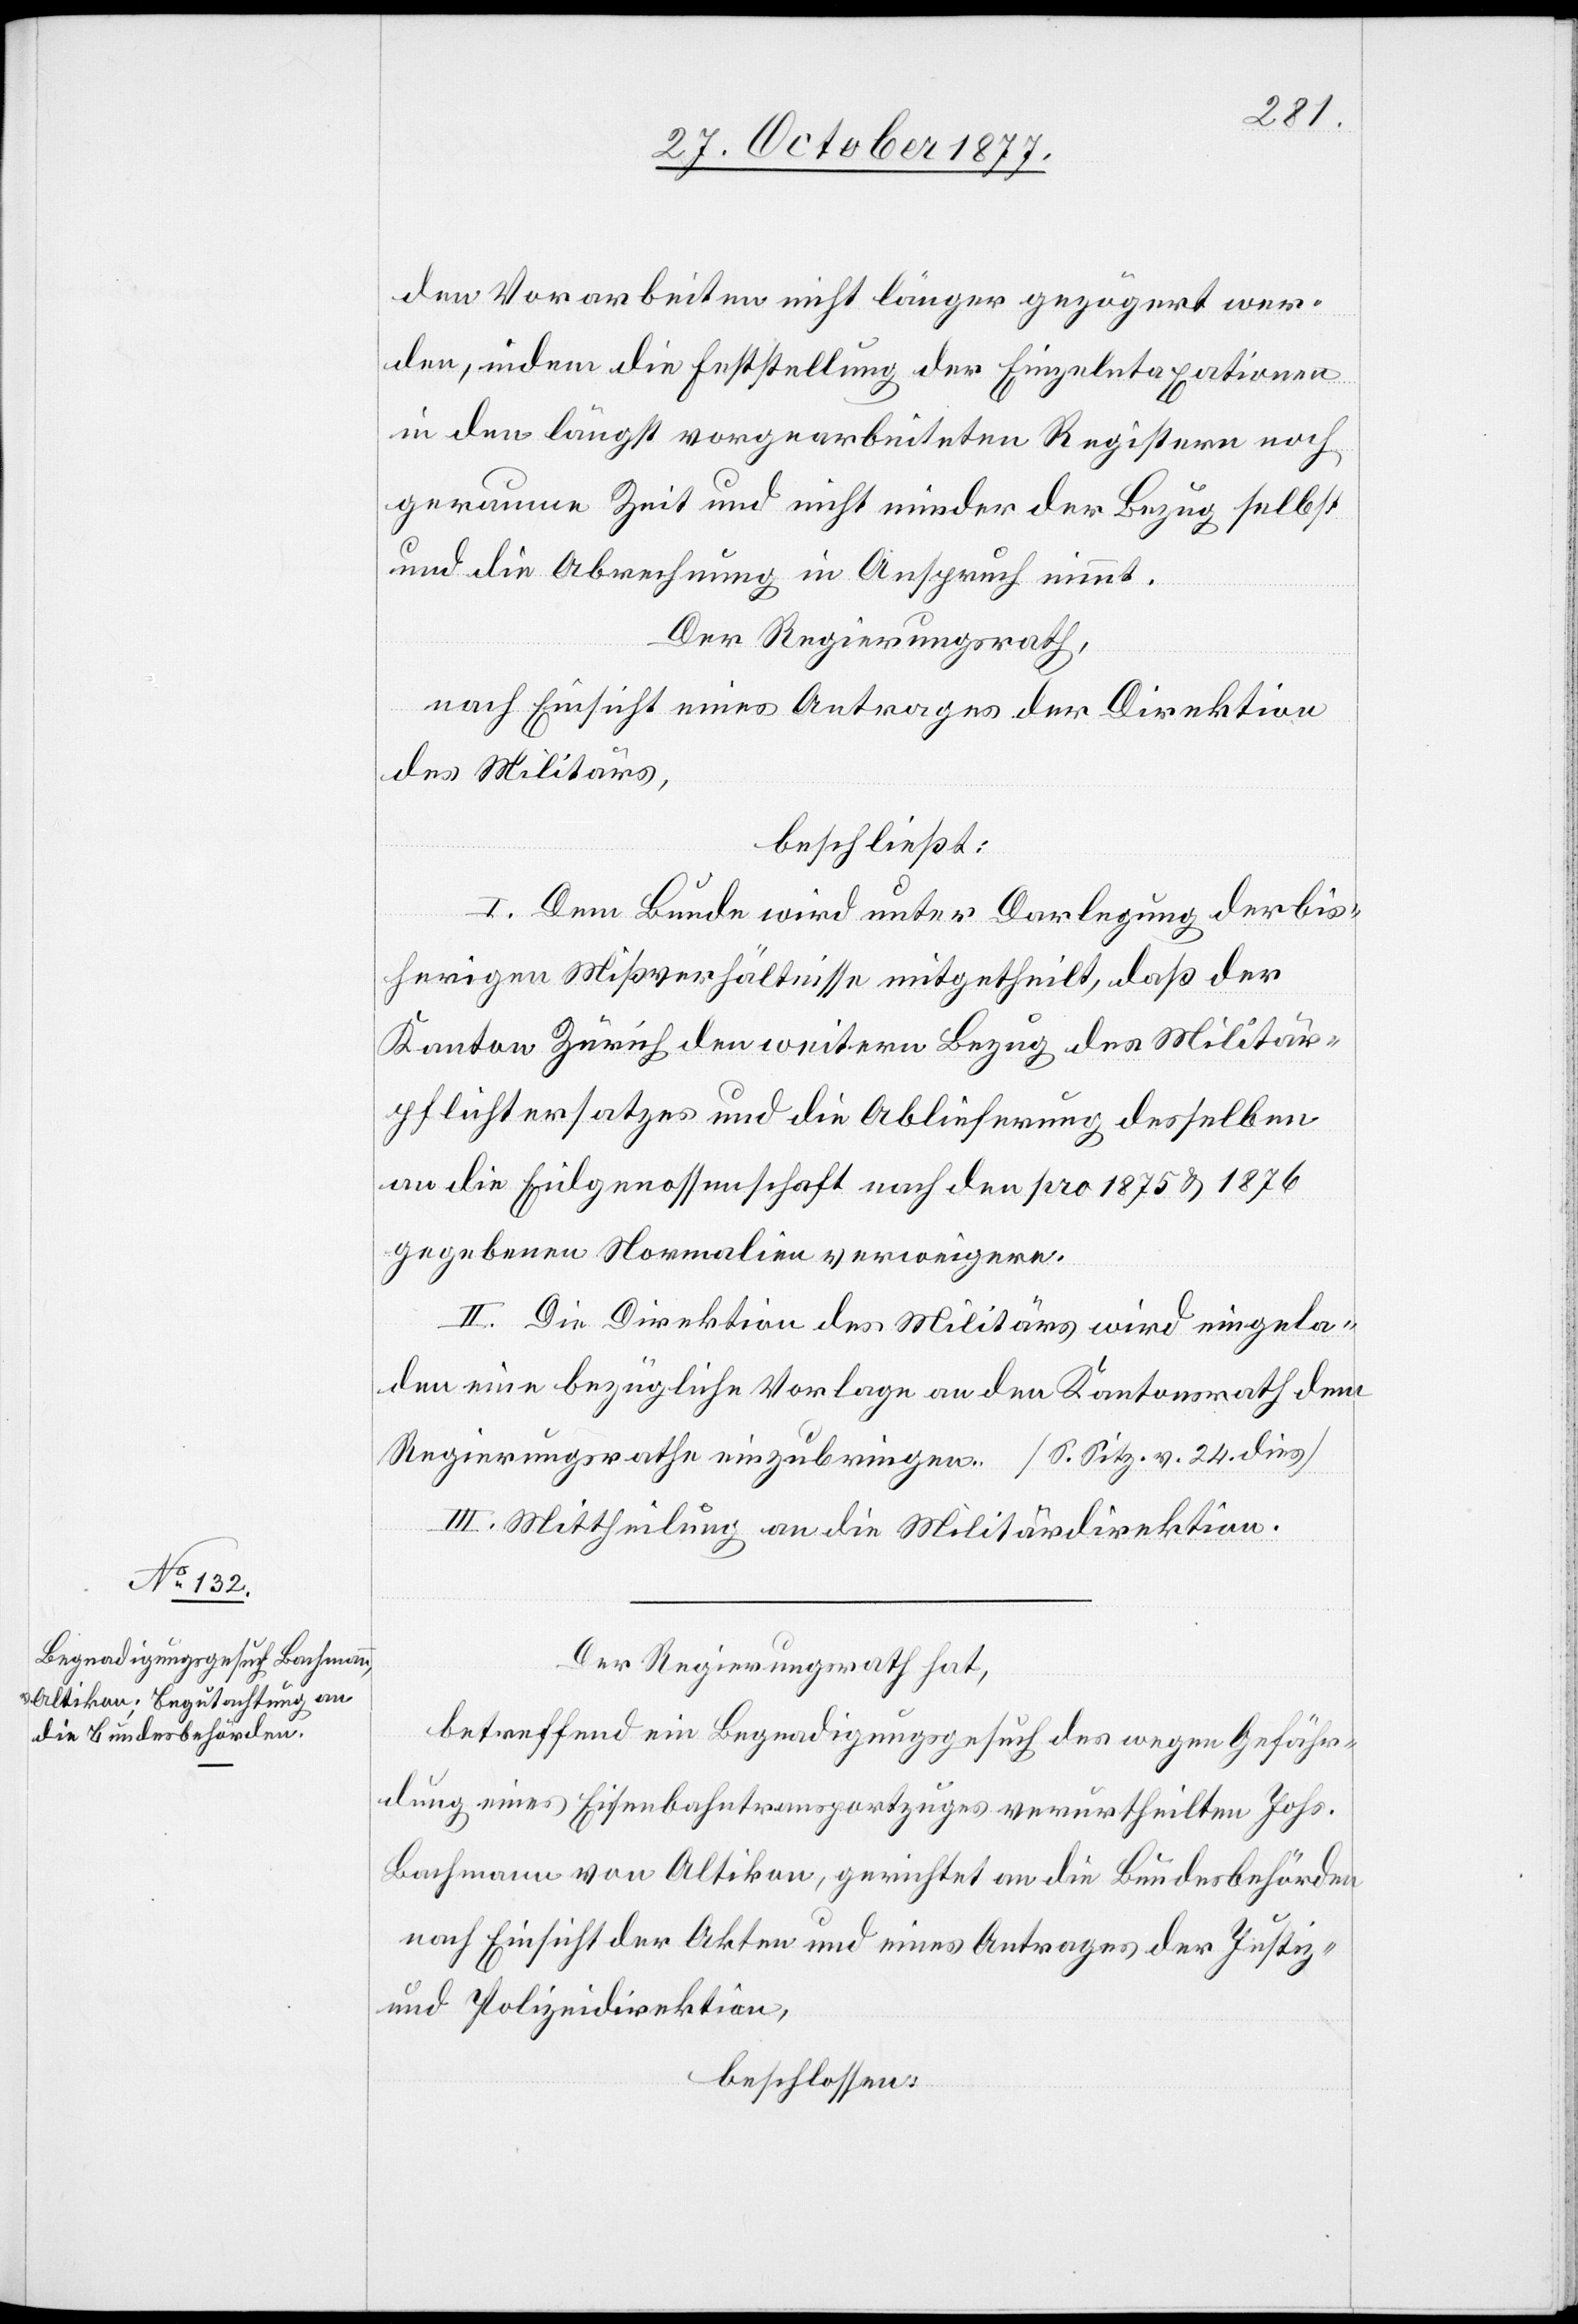
den Vorarbeiten nicht länger gezögert wer¬
den, indem die Feststellung der Einzelntaxationen
in den längst vorgearbeiteten Registern noch
geraume Zeit und nicht minder der Bezug selbst
und die Abrechnung in Anspruch nimmt.
Der Regierungsrath,
nach Einsicht eines Antrages der Direktion
des Militärs,
beschließt:
I. Dem Bunde wird unter Darlegung der bis¬
herigen Mißverhältnisse mitgetheilt, daß der
Kanton Zürich den weitern Bezug des Militär¬
pflichtersatzes und die Ablieferung desselben
an die Eidgenossenschaft nach den pro 1875 & 1876
gegebenen Normalien verweigere.
II. Die Direktion des Militärs wird eingela¬
den eine bezügliche Vorlage an den Kantonsrath dem
Regierungsrathe einzubringen. [S. Sitz. v. 24. dies]
III. Mittheilung an die Militärdirektion.
Der Regierungsrath hat,
betreffend ein Begnadigungsgesuch des wegen Gefähr¬
dung eines Eisenbahntransportzuges verurtheilten Johs.
Bachmann von Altikon, gerichtet an die Bundesbehörden
nach Einsicht der Akten und eines Antrages der Justiz-
und Polizeidirektion,
beschlossen: